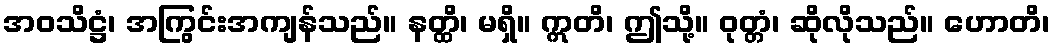
အဝသိဋ္ဌံ၊ အကြွင်းအကျန်သည်။ နတ္ထိ၊ မရှိ။ ဣတိ၊ ဤသို့။ ဝုတ္တံ၊ ဆိုလိုသည်။ ဟောတိ၊